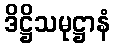
ဒိဋ္ဌိသမုဋ္ဌာနံ